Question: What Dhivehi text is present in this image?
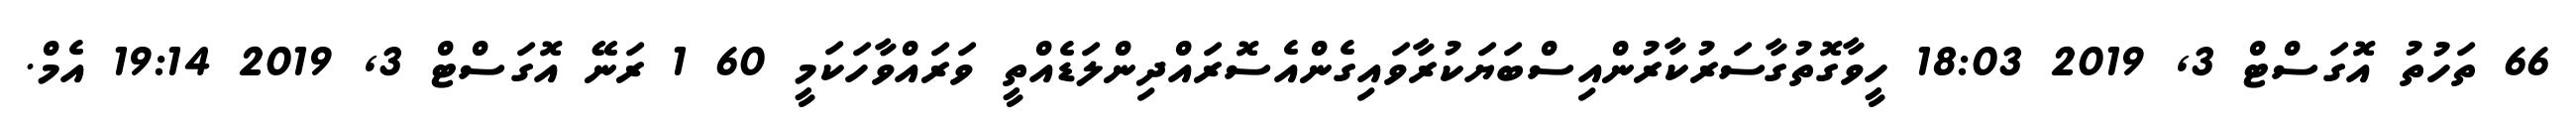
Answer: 66 ތަހުތު އޮގަސްޓް 3, 2019 18:03 ހީވާގޮތުގާސަރުކާރުންއިސްބަޔަކުރާވައިގެންއެސޮރައްދިންލަޑެއްތީ ވަރައްވާހަކަމީ 60 1 ރަނޭ އޮގަސްޓް 3, 2019 19:14 އެމް.